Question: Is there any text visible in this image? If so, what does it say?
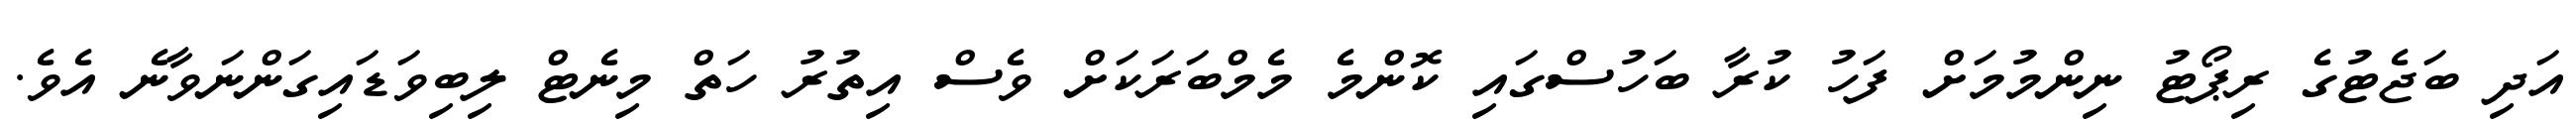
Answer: އަދި ބަޖެޓުގެ ރިޕޯޓު ނިންމުމަށް ފަހު ކުރާ ބަހުސްގައި ކޮންމެ މެމްބަރަކަށް ވެސް އިތުރު ހަތް މިނެޓް ލިބިވަޑައިގަންނަވާނެ އެވެ.